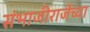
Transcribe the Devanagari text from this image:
संभाजीराजेंच्या